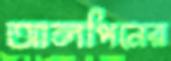
আলপিনের